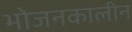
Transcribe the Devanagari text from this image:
भोजनकालीन